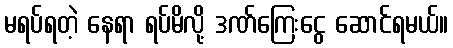
မရပ်ရတဲ့ နေရာ ရပ်မိလို့ ဒဏ်ကြေးငွေ ဆောင်ရမယ်။